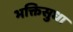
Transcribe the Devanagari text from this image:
भक्तिसुधा